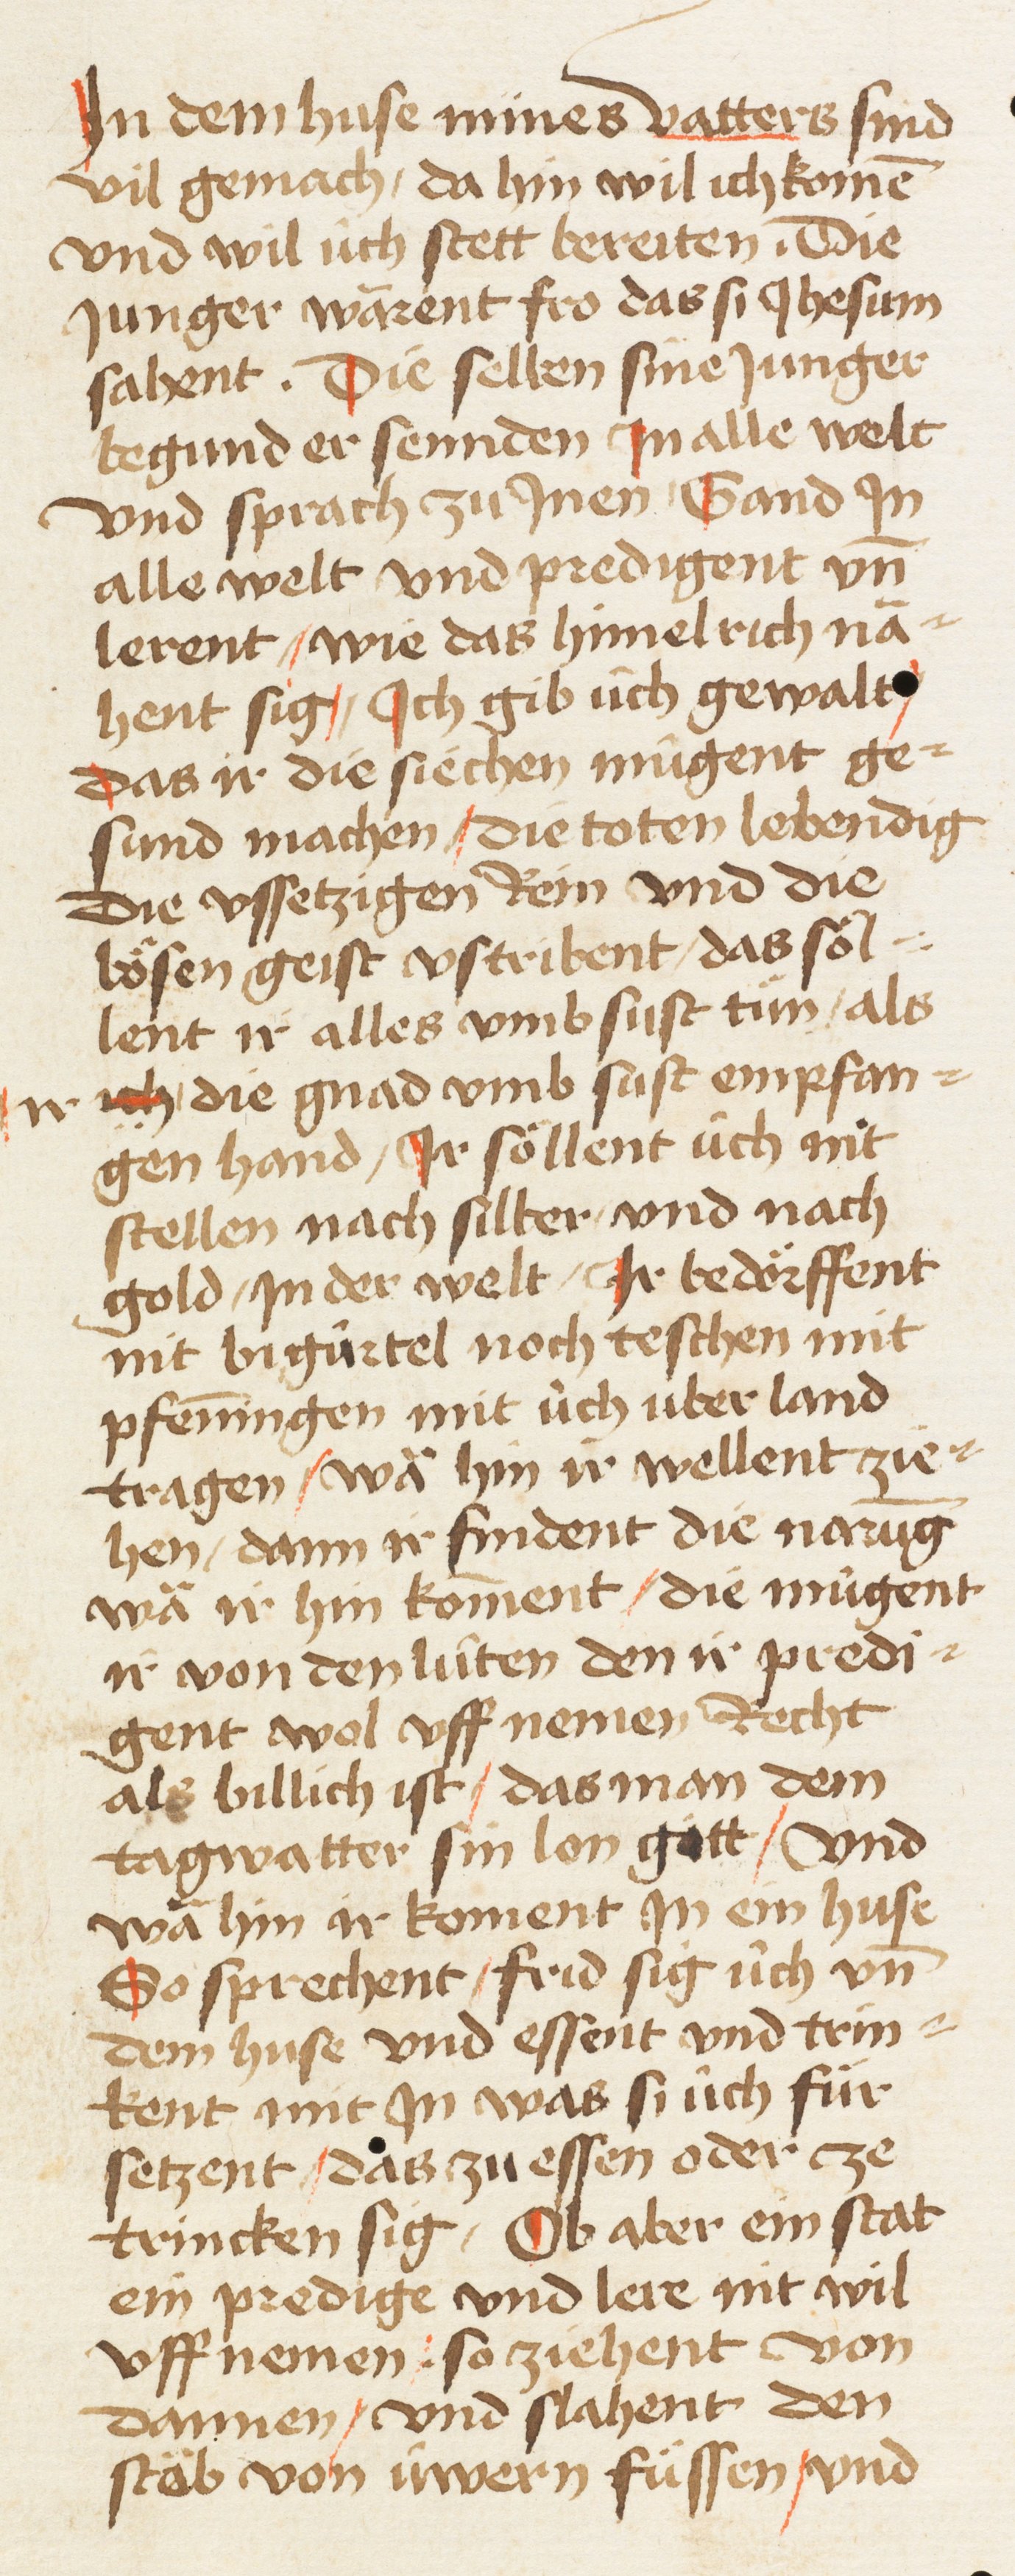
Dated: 1461–1461